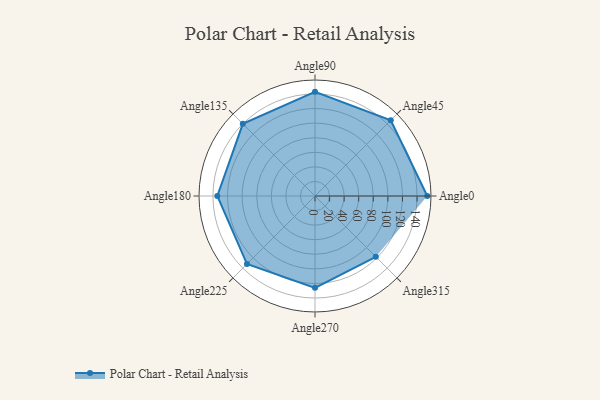
{"axis": {"x": "Angle", "y": "Radius"}, "legend": [""], "data": [{"x": "Angle0", "y": 154.0, "type": ""}, {"x": "Angle45", "y": 147.0, "type": ""}, {"x": "Angle90", "y": 143.0, "type": ""}, {"x": "Angle135", "y": 140.0, "type": ""}, {"x": "Angle180", "y": 134.0, "type": ""}, {"x": "Angle225", "y": 132.0, "type": ""}, {"x": "Angle270", "y": 126.0, "type": ""}, {"x": "Angle315", "y": 118.0, "type": ""}]}